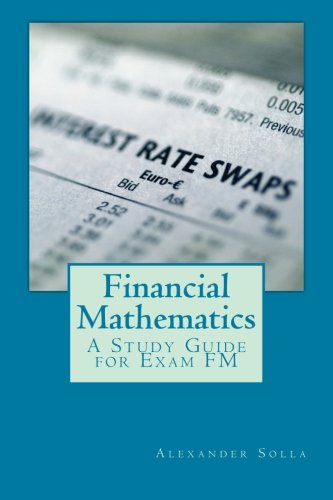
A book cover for Financial Mathematics: A Study Guide for Exam FM; Alexander Solla; Business & Money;